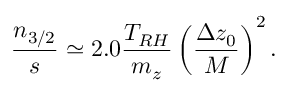
\frac { n _ { 3 / 2 } } { s } \simeq 2 . 0 \frac { T _ { R H } } { m _ { z } } \left( \frac { \Delta z _ { 0 } } { M } \right) ^ { 2 } .